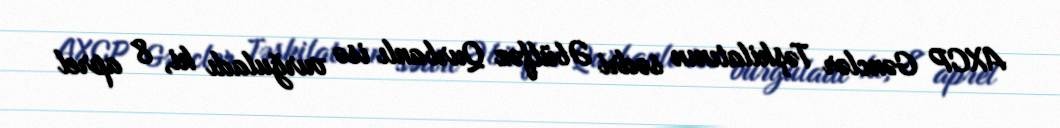
AXCP Gənclər Təşkilatının sədri Əbülfəz Qurbanlı isə vurğuladı ki, 8 aprel